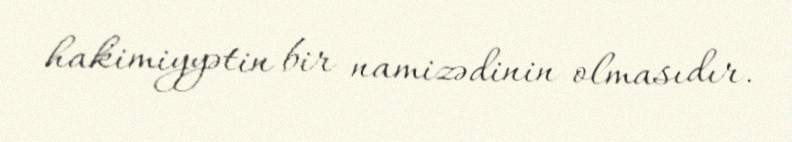
hakimiyyətin bir namizədinin olmasıdır.